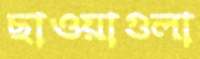
ছাওয়াগুলা